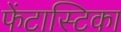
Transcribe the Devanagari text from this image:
फेंटास्टिका